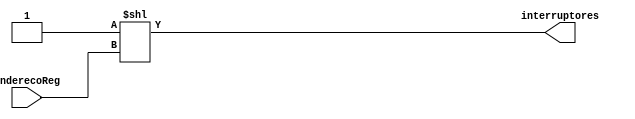
module decoder(enderecoReg,interruptores);
  input[2:0] enderecoReg;
  output [7:0]interruptores;
  wire [7:0]temporario = 1;
  assign interruptores = temporario<<enderecoReg; 
   
endmodule